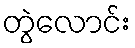
တွဲလောင်း